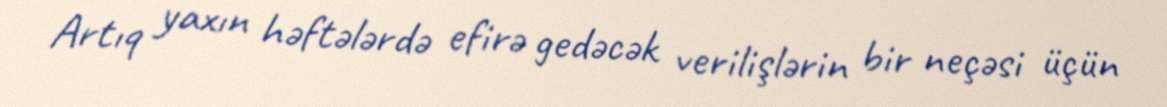
Artıq yaxın həftələrdə efirə gedəcək verilişlərin bir neçəsi üçün